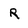
Character: r